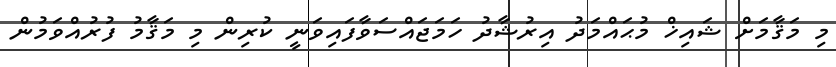
މި މަޤާމަށް ޝައިޚް މުޙައްމަދު އިރުޝާދު ހަމަޖައްސަވާފައިވަނީ ކުރިން މި މަޤާމު ފުރުއްވަމުން